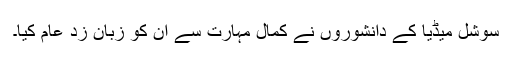
سوشل میڈیا کے دانشوروں نے کمال مہارت سے ان کو زبان زد عام کیا۔